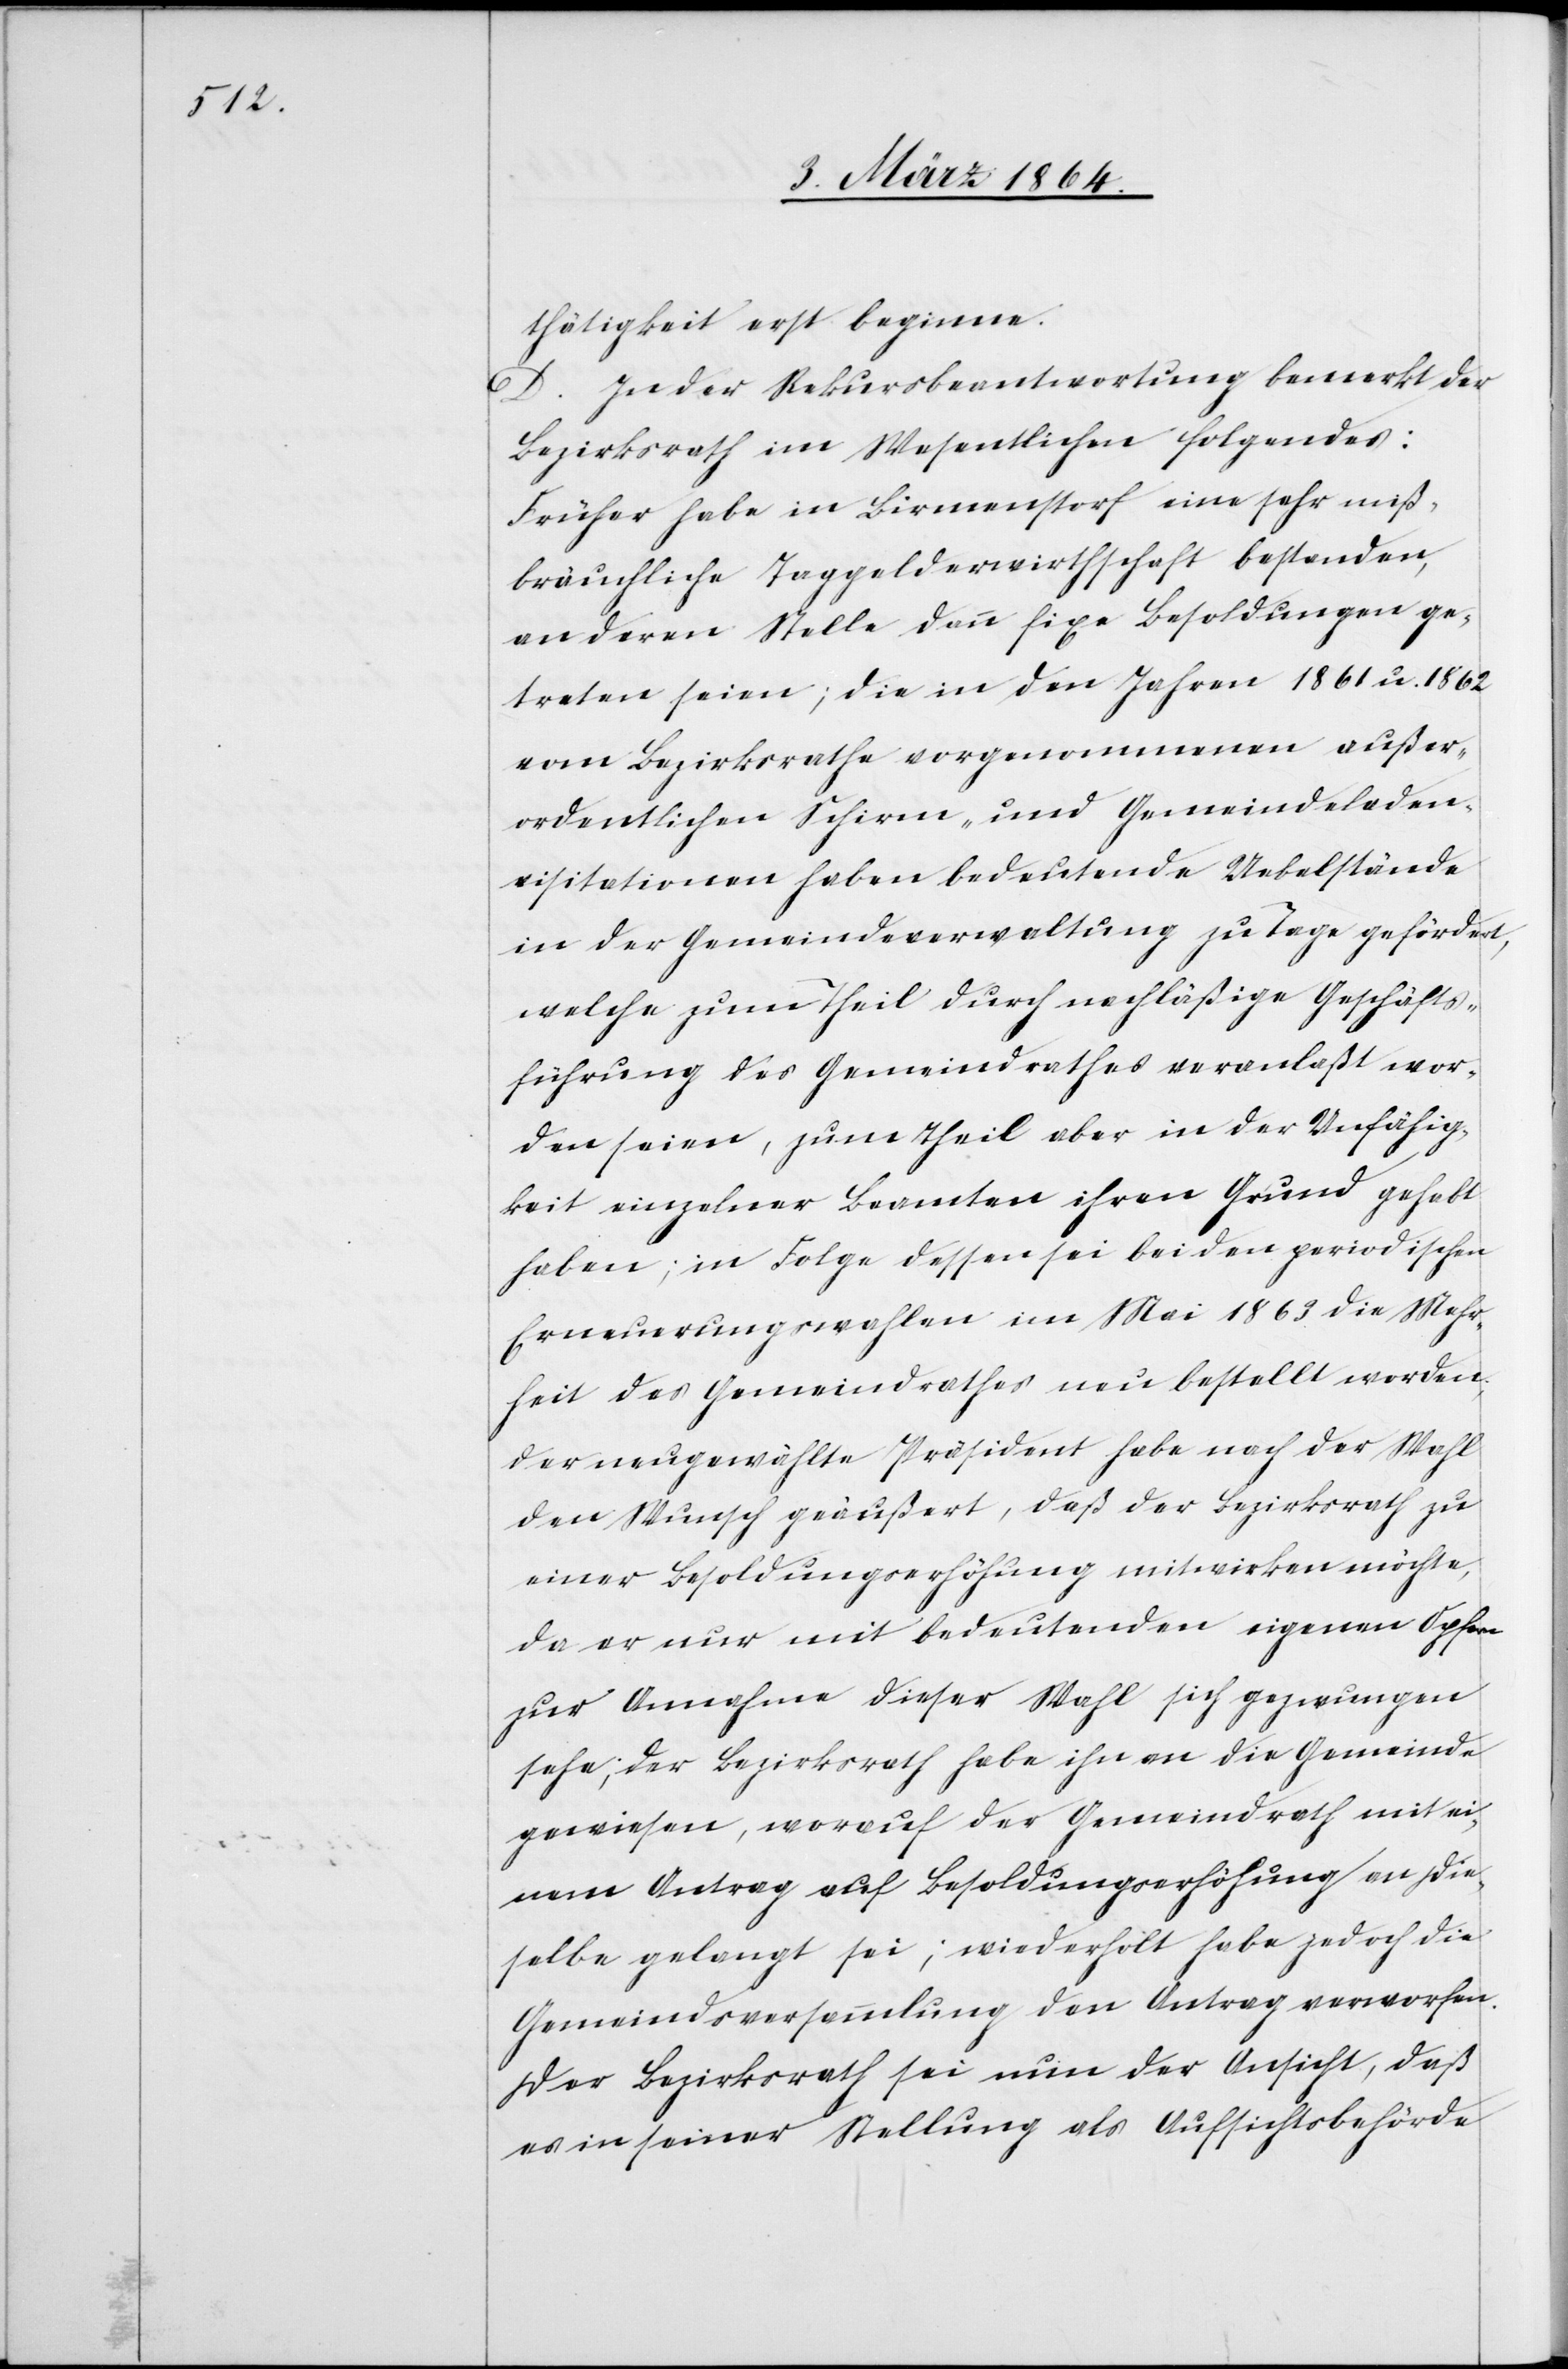
thätigkeit erst beginne.
D. In der Rekursbeantwortung bemerkt der
Bezirksrath im Wesentlichen folgendes:
Früher habe in Birmenstorf eine sehr miß¬
bräuchliche Taggelderwirthschaft bestanden,
an deren Stelle dann fixe Besoldungen ge¬
treten seien; die in den Jahren 1861 u. 1862
vom Bezirksrathe vorgenommenen außer¬
ordentlichen Schirm- und Gemeindeladen¬
visitationen haben bedeutende Uebelstände
in der Gemeindeverwaltung zu Tage gefördert,
welche zum Theil durch nachläßige Geschäfts¬
führung des Gemeindrathes veranlaßt wor¬
den seien, zum Theil aber in der Unfähig¬
keit einzelner Beamten ihren Grund gehabt
haben; in Folge dessen sei bei den periodischen
Erneuerungswahlen im Mai 1863 die Mehr¬
heit des Gemeindrathes neu bestellt worden;
der neugewählte Präsident habe nach der Wahl
den Wunsch geäußert, daß der Bezirksrath zu
einer Besoldungserhöhung mitwirken möchte,
da er nur mit bedeutenden eigenen Opfern
zur Annahme dieser Wahl sich gezwungen
sehe; der Bezirksrath habe ihn an die Gemeinde
gewiesen, worauf der Gemeindrath mit ei¬
nem Antrag auf Besoldungserhöhung an die¬
selbe gelangte sei; wiederholt habe jedoch die
Gemeindsversammlung den Antrag verworfen.
Der Bezirksrath sei nun der Ansicht, daß
es in seiner Stellung als Aufsichtsbehörde